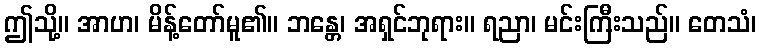
ဤသို့။ အာဟ၊ မိန့်တော်မူ၏။ ဘန္တေ၊ အရှင်ဘုရား။ ရညာ၊ မင်းကြီးသည်။ တေသံ၊